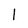
Character: 1